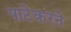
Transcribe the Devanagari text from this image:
पाटेकरने